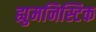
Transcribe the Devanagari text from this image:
ह्युमनिस्टिक